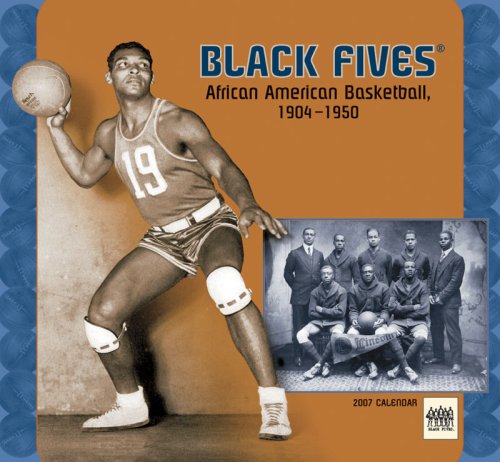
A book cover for Black Fives 2007 Calendar: African American Basketball, 1904-1950; Calendars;